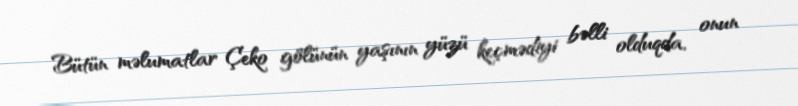
Bütün məlumatlar Çeko gölünün yaşının yüzü keçmədiyi bəlli olduqda, onun